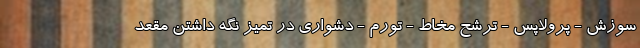
سوزش - پرولاپس - ترشح مخاط - تورم - دشواری در تمیز نگه داشتن مقعد